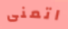
اتمنى